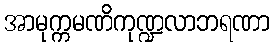
အာမုက္ကမဏိကုဏ္ဍလာဘရဏာ